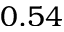
0 . 5 4